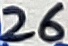
Text: 26